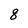
Character: 8